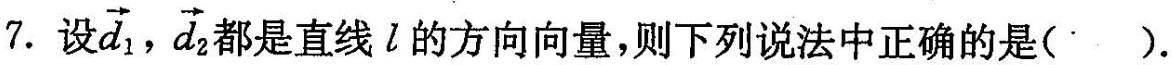
7. 设 \overrightarrow{d}_{1}, \overrightarrow{d}_{2}都是直线l的方向向量，则下列说法中正确的是( ).